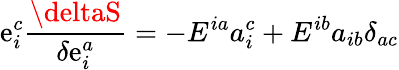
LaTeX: \mathrm{e}_{i}^{c}\frac{{\deltaS}}{{\delta\mathrm{e}_{i}^{a}}}=-E^{ia}a_{i}^{c}+E^{ib}a_{ib}\delta_{ac}